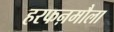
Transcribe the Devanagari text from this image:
हरफऩमौला